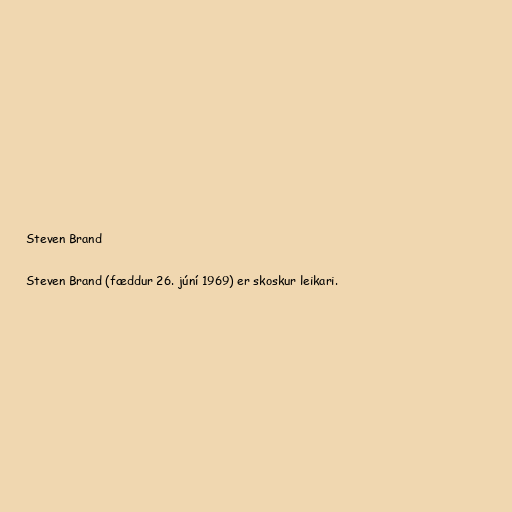
Steven Brand

Steven Brand (fæddur 26. júní 1969) er skoskur leikari.